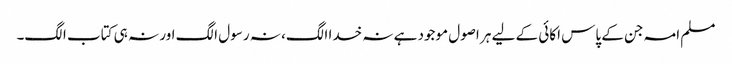
مسلم امہ جن کے پاس اکائی کے لیے ہر اصول موجود ہے نہ خدا الگ، نہ رسول الگ اور نہ ہی کتاب الگ۔